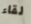
لقاء